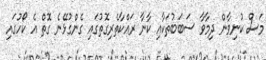
މަސް ކުނިވާން ދިމާވާ ސަބަބުތަކާއި ކާނާ ރައްކާތެރިގޮތުގައި ގެންގުޅޭނެ ގޮތް އެ ކޯހުގައި